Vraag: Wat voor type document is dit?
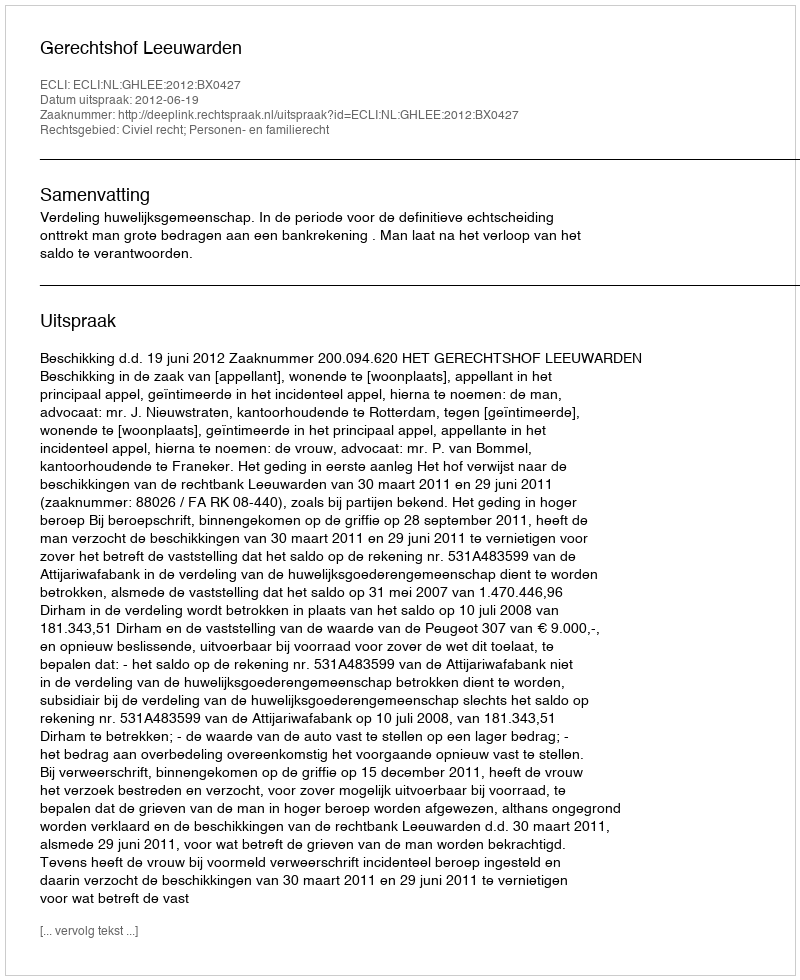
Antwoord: Uitspraak